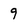
Character: 9